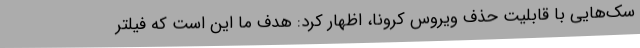
سک‌هایی با قابلیت حذف ویروس کرونا، اظهار کرد: هدف ما این است که فیلتر